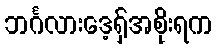
ဘင်္ဂလားဒေ့ရှ်အစိုးရက